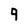
Character: 9